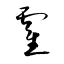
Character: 霍